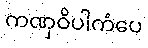
ကဏှဝိပါကံပေ